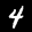
Label: 4